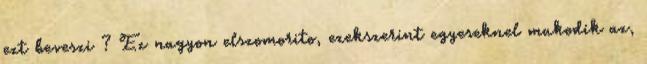
ezt beveszi ? Ez nagyon elszomorito, ezekszerint egyeseknel mukodik az,